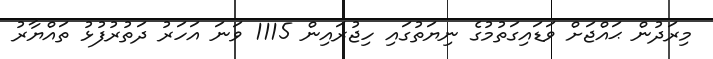
މިރަދުން ޙައްޖަށް ވަޑައިގަތުމުގެ ނިޔަތުގައި ހިޖުރައިން 1115 ވަނަ އަހަރު ދަތުރުފުޅު ތައްޔާރު